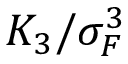
K _ { 3 } / \sigma _ { F } ^ { 3 }